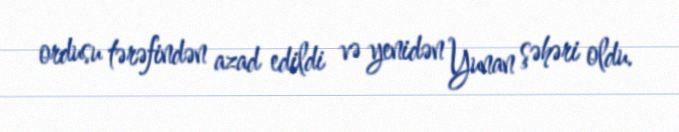
ordusu tərəfindən azad edildi və yenidən Yunan şəhəri oldu.